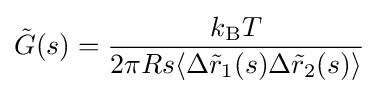
{\tilde {G}}(s)={\frac {k_{\mathrm {B} }T}{2\pi Rs\langle \Delta {\tilde {r}}_{1}(s)\Delta {\tilde {r}}_{2}(s)\rangle }}